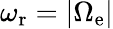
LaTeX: \omega_{\mathrm{r}}=|\Omega_{\mathrm{e}}|